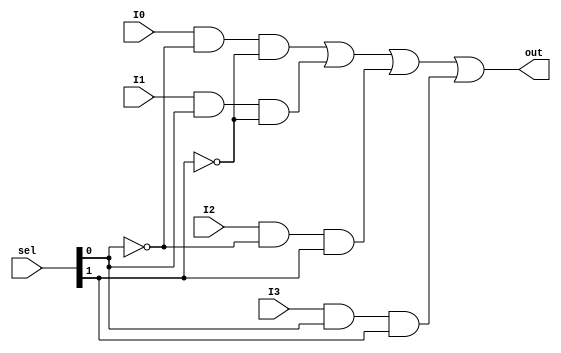
module bit1mux4x1(
    input I0,
    input I1,
    input I2,
    input I3,
    input [1:0] sel,
    output out);

    wire T0, T1, T2, T3;

    and (T0, I0, ~sel[0], ~sel[1]);
    and (T1, I1, sel[0], ~sel[1]);
    and (T2, I2, ~sel[0], sel[1]);
    and (T3, I3, sel[0], sel[1]);

    or (out, T0, T1, T2, T3);
endmodule

module FullAdder(input A, input B, input cin, output S, output cout);
    wire xor_result, first_and_result;
    xor (xor_result, A, B);
    and (first_and_result, A, B);

    wire second_and_result;
    xor (S, xor_result, cin);
    and (second_and_result, xor_result, cin);

    or (cout, second_and_result, first_and_result);
endmodule

module ArithmeticCircuit(
    input [3:0] A,
    input [3:0] B,
    input [1:0] sel,
    input cin,
    output [3:0] result,
    output cout);

    wire mux0_result;
    bit1mux4x1 mux0(B[0], ~B[0], 1'b0, 1'b1, sel, mux0_result);

    wire cout0;
    FullAdder f0(A[0], mux0_result, cin, result[0], cout0);

    wire mux1_result;
    bit1mux4x1 mux1(B[1], ~B[1], 1'b0, 1'b1, sel, mux1_result);

    wire cout1;
    FullAdder f1(A[1], mux1_result, cout0, result[1], cout1);

    wire mux2_result;
    bit1mux4x1 mux2(B[2], ~B[2], 1'b0, 1'b1, sel, mux2_result);

    wire cout2;
    FullAdder f2(A[2], mux2_result, cout1, result[2], cout2);

    wire mux3_result;
    bit1mux4x1 mux3(B[3], ~B[3], 1'b0, 1'b1, sel, mux3_result);

    FullAdder f3(A[3], mux3_result, cout2, result[3], cout);
endmodule

module bit4mux4x1(
    input [3:0] I0,
    input [3:0] I1,
    input [3:0] I2,
    input [3:0] I3,
    input [1:0] sel,
    output reg [3:0] out);

    always @ (I0 or I1 or I2 or I3 or sel) begin
        case (sel)
            2'b00 : out <= I0;
            2'b01 : out <= I1;
            2'b10 : out <= I2;
            2'b11 : out <= I3;
        endcase
    end

endmodule

module LogicCircuit (input [3:0] A, input [3:0] B, input [1:0] sel, output [3:0] result);
    wire [3:0] and_result;
    assign and_result = A && B;

    wire [3:0] or_result;
    assign or_result = A || B;

    wire [3:0] xor_result;
    assign xor_result = A ^ B;

    wire [3:0] not_result;
    assign not_result = !A;

    bit4mux4x1 mux(and_result, or_result, xor_result, not_result, sel, result);
endmodule

module mux2x1(input I0, input I1, input S,output out);
    wire w0, w1;

    and (w0, I0, ~S);
    and (w1, I1, S);

    or (out, w0, w1);
endmodule

module ShiftUnit(input [3:0] A, input IR, input IL, input sel, output [3:0] result);
    mux2x1 mux0(IR, A[1], sel, result[0]);
    mux2x1 mux1(A[0], A[2], sel, result[1]);
    mux2x1 mux2(A[1], A[3], sel, result[2]);
    mux2x1 mux3(A[2], IL, sel, result[3]);
endmodule

module ALU(
    input [3:0] A,
    input [3:0] B,
    input [1:0] main_sel,
    input [1:0] sub_sel,
    input cin,
    output [3:0] result);

    wire [3:0] AC_result;
    wire cout;
    ArithmeticCircuit ac(A, B, sub_sel, cin, AC_result, cout);

    wire [3:0] LC_result;
    LogicCircuit lc(.A(A), .B(B), .sel(sub_sel), .result(LC_result));

    wire [3:0] SHR_result;
    ShiftUnit shr(A, 1'b0, 1'b0, 1'b0, SHR_result);

    wire [3:0] SHL_result;
    ShiftUnit shl(A, 1'b0, 1'b0, 1'b1, SHL_result);

    bit4mux4x1 mux(.I0(AC_result), .I1(LC_result), .I2(SHR_result), .I3(SHL_result), .sel(main_sel), .out(result));
endmodule